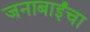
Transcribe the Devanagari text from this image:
जनाबाईंचा